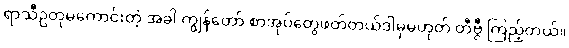
ရာသီဥတုမကောင်းတဲ့ အခါ ကျွန်တော် စာအုပ်တွေဖတ်တယ်ဒါမှမဟုတ် တီဗွီ ကြည့်တယ်။